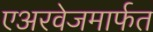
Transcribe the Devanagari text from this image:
एअरवेजमार्फत